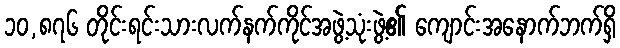
၁၀,၈၇၆ တိုင်းရင်းသားလက်နက်ကိုင်အဖွဲ့သုံးဖွဲ့၏ ကျောင်းအနောက်ဘက်ရှိ